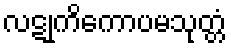
လဋုကိကောပမသုတ္တံ